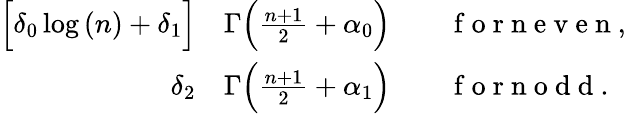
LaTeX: \begin{array}{rl}{\Big[\delta_{0}\log{(n)}+\delta_{1}\Big]}&{{}\Gamma\Big(\frac{n+1}{2}+\alpha_{0}\Big)\qquad\mathrm{~f~o~r~n~e~v~e~n~},}\\ {\delta_{2}}&{{}\Gamma\Big(\frac{n+1}{2}+\alpha_{1}\Big)\qquad\mathrm{~f~o~r~n~o~d~d~}.}\end{array}